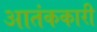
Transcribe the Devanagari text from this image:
आतंककारी